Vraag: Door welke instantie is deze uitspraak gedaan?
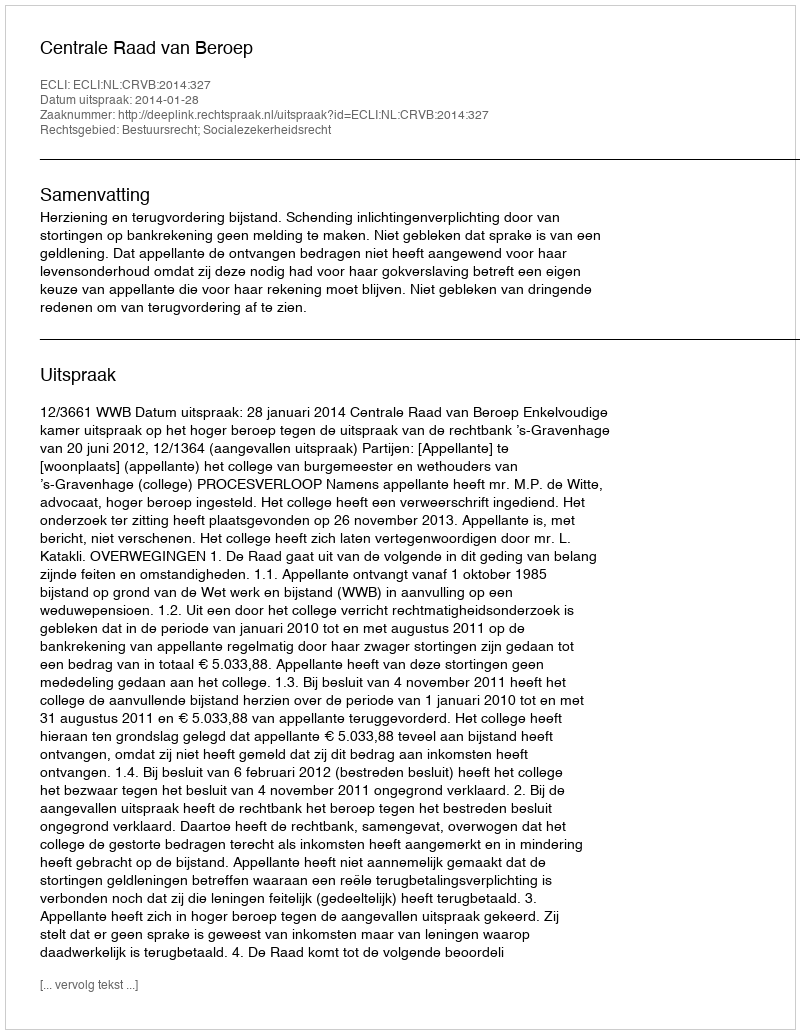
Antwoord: Centrale Raad van Beroep